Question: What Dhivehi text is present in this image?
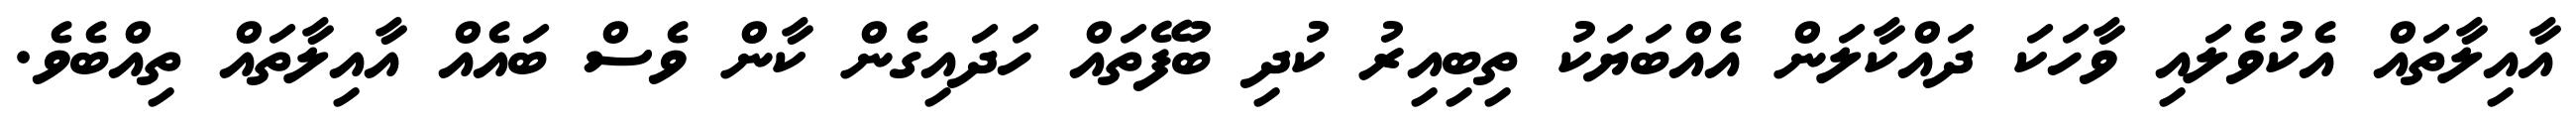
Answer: އާއިލާތައް އެކުވެލައި ވާހަކަ ދައްކާލަން އެއްބަޔަކު ތިބިއިރު ކުދި ބުފޭތައް ހަދައިގެން ކާން ވެސް ބައެއް އާއިލާތައް ތިއްބެވެ.